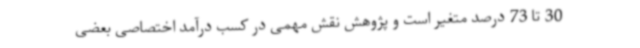
30 تا 73 درصد متغیر است و پژوهش نقش مهمی در کسب درآمد اختصاصی بعضی